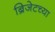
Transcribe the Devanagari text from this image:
ब्रिजेटच्या